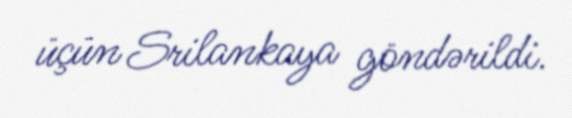
üçün Srilankaya göndərildi.